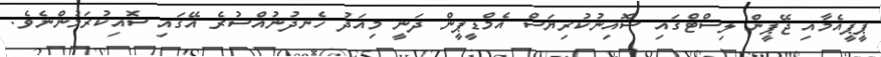
ޕީޕީއެމާއި ޖޭޕީން ލިސްޓްގައި ސޮއިނުކުރިޔަސް އެމްޑީޕީން ދަނީ މިއަދު ހެނދުނުއްސުރެ އޭގައި ސޮއިކުރަމުންނެވެ.